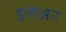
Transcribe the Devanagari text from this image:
इलेअन